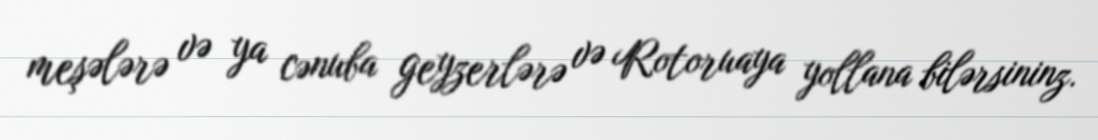
meşələrə və ya cənuba geyzerlərə və Rotoruaya yollana bilərsininz.